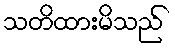
သတိထားမိသည်